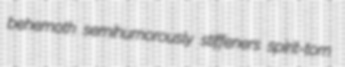
behemoth semihumorously stiffeners spirit-torn